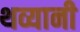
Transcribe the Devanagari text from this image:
थव्यानी